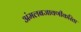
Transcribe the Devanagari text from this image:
अंमलबजावणीकरिता